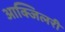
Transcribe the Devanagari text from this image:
आक्जिलरी